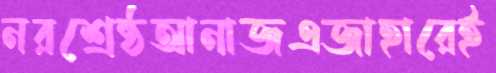
নরশ্রেষ্ঠআনাজএজাহারেই